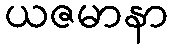
ယဇမာနာ